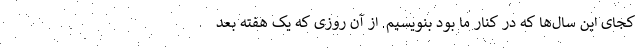
کجای این سال‌ها که در کنار ما بود بنویسیم. از آن روزی که یک هفته بعد